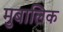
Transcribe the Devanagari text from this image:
मुबालिक